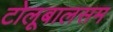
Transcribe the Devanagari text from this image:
टोलूबालसम